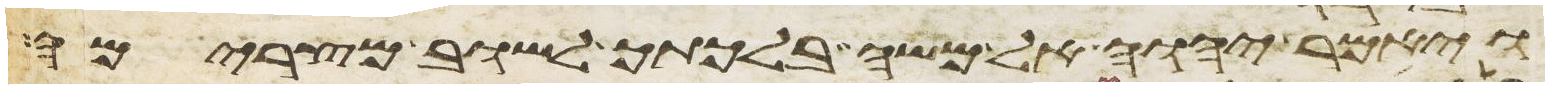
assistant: ויאמר יהוה אל משה בלכתך לשוב מצרימה